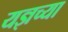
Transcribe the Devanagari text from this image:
यज्ञच्या